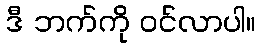
ဒီ ဘက်ကို ဝင်လာပါ။